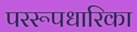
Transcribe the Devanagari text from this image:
पररूपधारिका